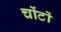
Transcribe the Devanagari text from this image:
चोंटों